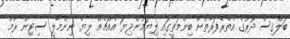
ބަލްޤިސް ދޮރުގެ އެތެރެފަރާތުން ބިންމަތީގައި ލިޔަމުންދިޔަ އެއްޗެއް ލިޔެ ނިންމާލީ ސިޓިން ރޫމު